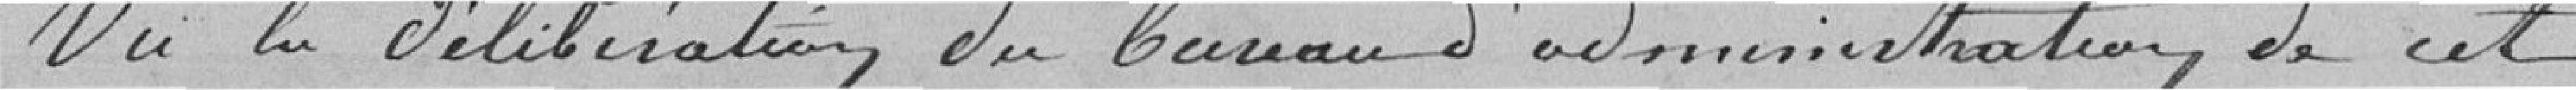
Vu la délibération du bureau d'administration de cet